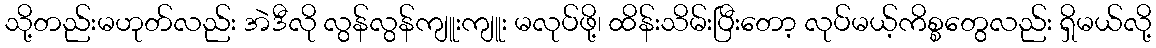
သို့တည်းမဟုတ်လည်း အဲဒီလို လွန်လွန်ကျူးကျူး မလုပ်ဖို့၊ ထိန်းသိမ်းပြီးတော့ လုပ်မယ့်ကိစ္စတွေလည်း ရှိမယ်လို့